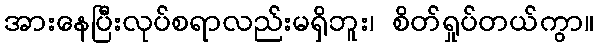
အားနေပြီးလုပ်စရာလည်းမရှိဘူး၊ စိတ်ရှုပ်တယ်ကွာ။